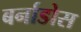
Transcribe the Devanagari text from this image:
बर्नाडोस